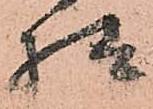
様